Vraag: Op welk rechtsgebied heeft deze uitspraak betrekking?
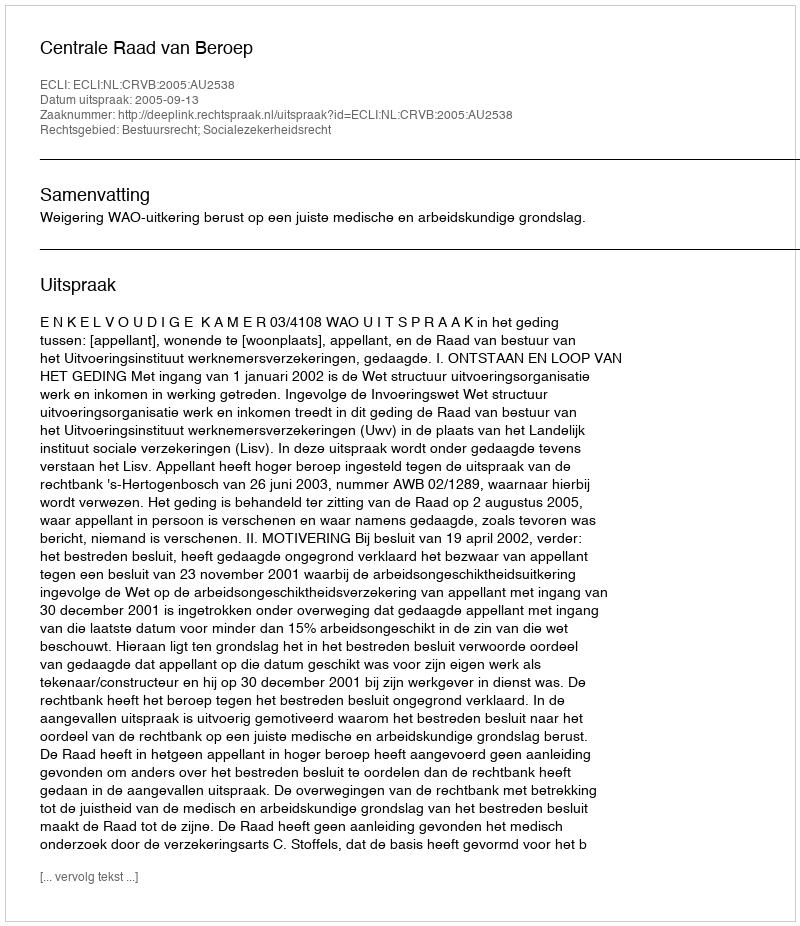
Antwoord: Bestuursrecht; Socialezekerheidsrecht